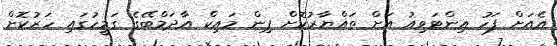
އެއަށް ފަހު އިންޓަވިއު އަށް ތައްޔާރުކޮށް ޕިން މައިކް އާދަމްބޭގެ ގަމީހުގައި ހަރުކޮށް